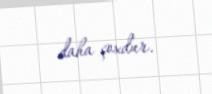
daha çoxdur.